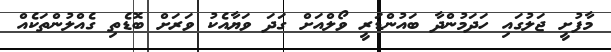
މާފުށީ ޖަލުގައި ހަދަމުންދާ ބައުންޑަރީ ވޯލްއަށް ގަދަ ވަޔާއެކު ވަރަށް ބޮޑެތި ގެއްލުންތަކެއް